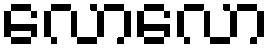
လောလော